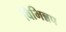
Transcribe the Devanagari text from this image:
विभिन्नप